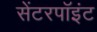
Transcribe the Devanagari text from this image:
सेंटरपॉइंट